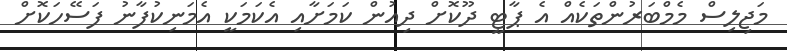
މަޖިލިސް މެމްބަރުންތަކެއް އެ ޕާޓީ ދޫކޮށް ދިއުން ކަމަށާއި އެކަމަކީ އެމަނިކުފާނު ފަސޭހަކޮށް